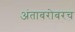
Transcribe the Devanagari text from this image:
अंताबरोबरच